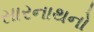
સારનાથનો